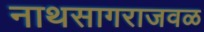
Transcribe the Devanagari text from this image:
नाथसागराजवळ